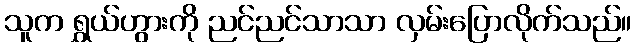
သူက ရွှယ်ဟွားကို ညင်ညင်သာသာ လှမ်းပြောလိုက်သည်။